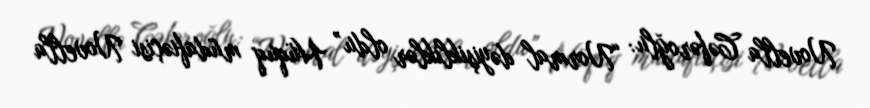
Novella Cəfəroğlu: “Normal dəyişikliklər oldu” Hüquq müdafiəçisi Novella